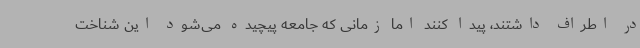
در اطراف داشتند، پیدا کنند اما زمانی که جامعه پیچیده می‌شود این شناخت